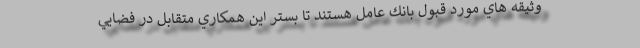
وثيقه هاي مورد قبول بانك عامل هستند تا بستر اين همكاري متقابل در فضايي